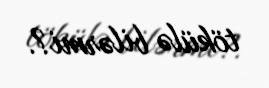
tökülə bilərmi?.